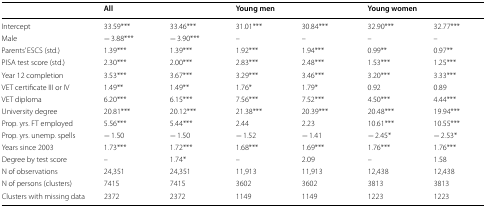
<table><thead><tr><td></td><td colspan="4"><b>All</b></td><td colspan="4"><b>Young men</b></td><td colspan="4"><b>Young women</b></td></tr></thead><tbody><tr><td>Intercept</td><td colspan="2">33.59***</td><td colspan="2">33.46***</td><td colspan="2">31.01***</td><td colspan="2">30.84***</td><td colspan="2">32.90***</td><td colspan="2">32.77***</td></tr><tr><td>Male</td><td colspan="2">− 3.88***</td><td colspan="2">− 3.90***</td><td colspan="2">–</td><td colspan="2">–</td><td colspan="2">–</td><td colspan="2">–</td></tr><tr><td>Parents’ ESCS (std.)</td><td colspan="2">1.39***</td><td colspan="2">1.39***</td><td colspan="2">1.92***</td><td colspan="2">1.94***</td><td colspan="2">0.99**</td><td colspan="2">0.97**</td></tr><tr><td>PISA test score (std.)</td><td colspan="2">2.30***</td><td colspan="2">2.00***</td><td colspan="2">2.83***</td><td colspan="2">2.48***</td><td colspan="2">1.53***</td><td colspan="2">1.25***</td></tr><tr><td>Year 12 completion</td><td colspan="2">3.53***</td><td colspan="2">3.67***</td><td colspan="2">3.29***</td><td colspan="2">3.46***</td><td colspan="2">3.20***</td><td colspan="2">3.33***</td></tr><tr><td>VET certificate III or IV</td><td colspan="2">1.49**</td><td colspan="2">1.49**</td><td colspan="2">1.76*</td><td colspan="2">1.79*</td><td colspan="2">0.92</td><td colspan="2">0.89</td></tr><tr><td>VET diploma</td><td colspan="2">6.20***</td><td colspan="2">6.15***</td><td colspan="2">7.56***</td><td colspan="2">7.52***</td><td colspan="2">4.50***</td><td colspan="2">4.44***</td></tr><tr><td>University degree</td><td colspan="2">20.81***</td><td colspan="2">20.12***</td><td colspan="2">21.38***</td><td colspan="2">20.39***</td><td colspan="2">20.48***</td><td colspan="2">19.94***</td></tr><tr><td>Prop. yrs. FT employed</td><td colspan="2">5.56***</td><td colspan="2">5.44***</td><td colspan="2">2.44</td><td colspan="2">2.23</td><td colspan="2">10.61***</td><td colspan="2">10.55***</td></tr><tr><td>Prop. yrs. unemp. spells</td><td colspan="2">− 1.50</td><td colspan="2">− 1.50</td><td colspan="2">− 1.52</td><td colspan="2">− 1.41</td><td colspan="2">− 2.45*</td><td colspan="2">− 2.53*</td></tr><tr><td>Years since 2003</td><td colspan="2">1.73***</td><td colspan="2">1.72***</td><td colspan="2">1.68***</td><td colspan="2">1.69***</td><td colspan="2">1.76***</td><td colspan="2">1.76***</td></tr><tr><td>Degree by test score</td><td colspan="2">–</td><td colspan="2">1.74*</td><td colspan="2">–</td><td colspan="2">2.09</td><td colspan="2">–</td><td colspan="2">1.58</td></tr><tr><td>N of observations</td><td colspan="2">24,351</td><td colspan="2">24,351</td><td colspan="2">11,913</td><td colspan="2">11,913</td><td colspan="2">12,438</td><td colspan="2">12,438</td></tr><tr><td>N of persons (clusters)</td><td colspan="2">7415</td><td colspan="2">7415</td><td colspan="2">3602</td><td colspan="2">3602</td><td colspan="2">3813</td><td colspan="2">3813</td></tr><tr><td>Clusters with missing data</td><td colspan="2">2372</td><td colspan="2">2372</td><td colspan="2">1149</td><td colspan="2">1149</td><td colspan="2">1223</td><td colspan="2">1223</td></tr></tbody></table>